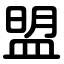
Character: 盟